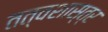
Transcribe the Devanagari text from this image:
तत्वशास्त्र